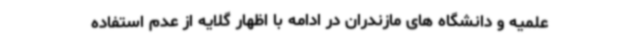
علمیه و دانشگاه های مازندران در ادامه با اظهار گلایه از عدم استفاده